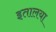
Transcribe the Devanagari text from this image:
इतालया